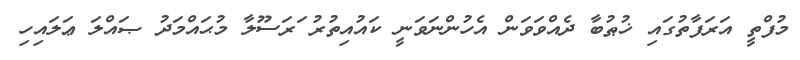
މުފްތީ އަރަފާތުގައި ޚުޠުބާ ދެއްވަވަން އެހުންނަވަނީ ކައުއިތުރު ަރަސޫލާ މުޙައްމަދު ޞައްލަ ޢަލައިހި